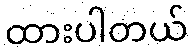
ထားပါတယ်